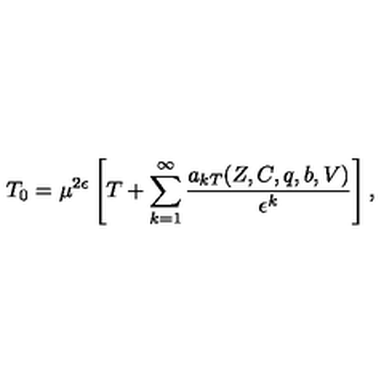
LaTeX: T _ { 0 } = \mu ^ { 2 \epsilon } \left[ T + \sum _ { k = 1 } ^ { \infty } \frac { a _ { k T } ( Z , C , q , b , V ) } { \epsilon ^ { k } } \right] ,